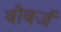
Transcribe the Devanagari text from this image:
बोबर्ज